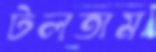
টলতাম